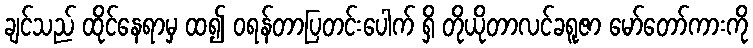
ချင်သည် ထိုင်နေရာမှ ထ၍ ဝရန်တာပြတင်းပေါက် ရှိ တိုယိုတာလင်ခရူဇာ မော်တော်ကားကို